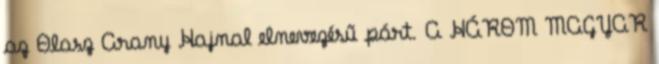
az Olasz Arany Hajnal elnevezésű párt. A HÁROM MAGYAR